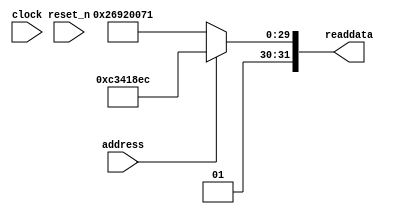
//Legal Notice: (C)2010 Altera Corporation. All rights reserved.  Your
//use of Altera Corporation's design tools, logic functions and other
//software and tools, and its AMPP partner logic functions, and any
//output files any of the foregoing (including device programming or
//simulation files), and any associated documentation or information are
//expressly subject to the terms and conditions of the Altera Program
//License Subscription Agreement or other applicable license agreement,
//including, without limitation, that your use is for the sole purpose
//of programming logic devices manufactured by Altera and sold by Altera
//or its authorized distributors.  Please refer to the applicable
//agreement for further details.

// synthesis translate_off
`timescale 1ns / 1ps
// synthesis translate_on

// turn off superfluous verilog processor warnings 
// altera message_level Level1 
// altera message_off 10034 10035 10036 10037 10230 10240 10030 

module sysid (
               // inputs:
                address,
                clock,
                reset_n,

               // outputs:
                readdata
             )
;

  output  [ 31: 0] readdata;
  input            address;
  input            clock;
  input            reset_n;

  wire    [ 31: 0] readdata;
  //control_slave, which is an e_avalon_slave
  assign readdata = address ? 1278482668 : 1720844401;

endmodule